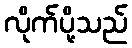
လိုက်ပို့သည်